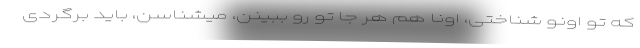
که تو اونو شناختی، اونا هم هر جا تو رو ببینن، میشناسن، باید برگردی